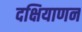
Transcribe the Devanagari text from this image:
दक्षियाणन